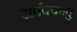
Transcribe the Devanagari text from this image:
सर्पक्कावु